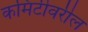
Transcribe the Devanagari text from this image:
कमिटीवरील